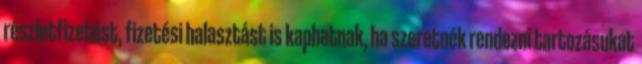
részletfizetést, fizetési halasztást is kaphatnak, ha szeretnék rendezni tartozásukat